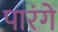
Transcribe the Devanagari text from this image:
पारंगे